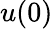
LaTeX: u(0)